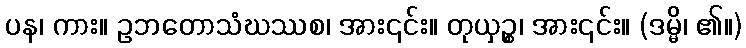
ပန၊ ကား။ ဥဘတောသံဃဿစ၊ အား၎င်း။ တုယှဉ္စ၊ အား၎င်း။ (ဒမ္မိ၊ ၏။)